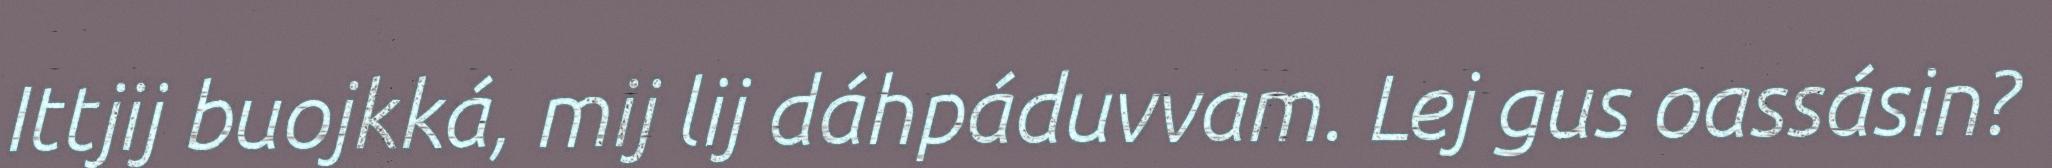
Ittjij buojkká, mij lij dáhpáduvvam. Lej gus oassásin?